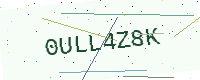
Text: 0ULL4Z8K